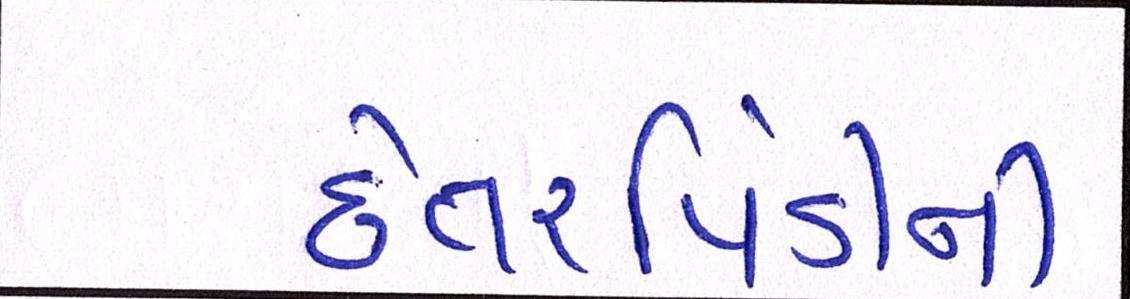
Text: છેતરપિંડીની